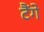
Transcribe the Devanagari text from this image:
टैंगे